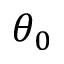
\theta _ { 0 }